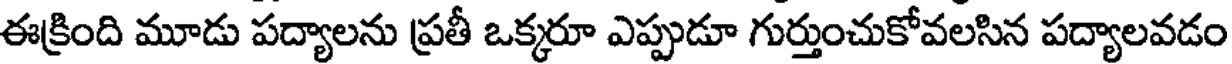
ఈక్రింది మూడు పద్యాలను ప్రతీ ఒక్కరూ ఎప్పుడూ గుర్తుంచుకోవలసిన పద్యాలవడం